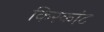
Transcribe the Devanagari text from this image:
किरकांट